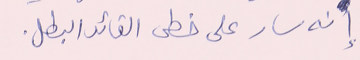
إنه سار على خطى القائد البطل.